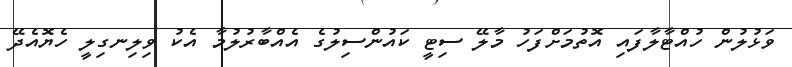
ވަޅުލުން ހުއްޓާލާފައި އޮތުމަށްފަހު މާލޭ ސިޓީ ކައުންސިލުގެ އެއްބާރުލުމާ އެކު ވިލިނގިލީ ހެޔޮއެދޭ